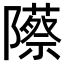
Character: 𬯡